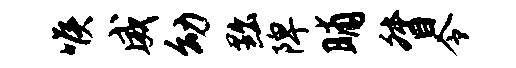
喉威幼黜陴晡督令